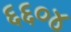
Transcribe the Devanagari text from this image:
६६०४